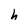
Character: h